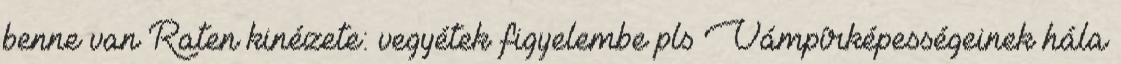
benne van Raten kinézete: vegyétek figyelembe pls Vámpírképességeinek hála